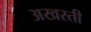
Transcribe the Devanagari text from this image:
अखरती